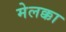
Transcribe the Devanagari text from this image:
मेलक्का